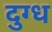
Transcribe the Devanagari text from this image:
दुग्‍ध